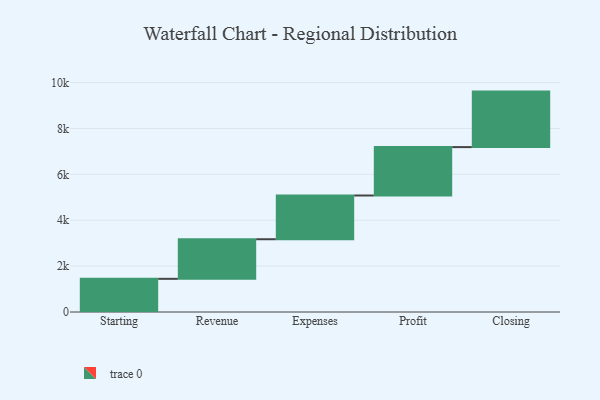
{"axis": {"x": "Step", "y": "Value"}, "legend": [""], "data": [{"x": "Starting", "y": 1446.0, "type": ""}, {"x": "Revenue", "y": 1726.0, "type": ""}, {"x": "Expenses", "y": 1906.0, "type": ""}, {"x": "Profit", "y": 2110.0, "type": ""}, {"x": "Closing", "y": 2419.0, "type": ""}]}